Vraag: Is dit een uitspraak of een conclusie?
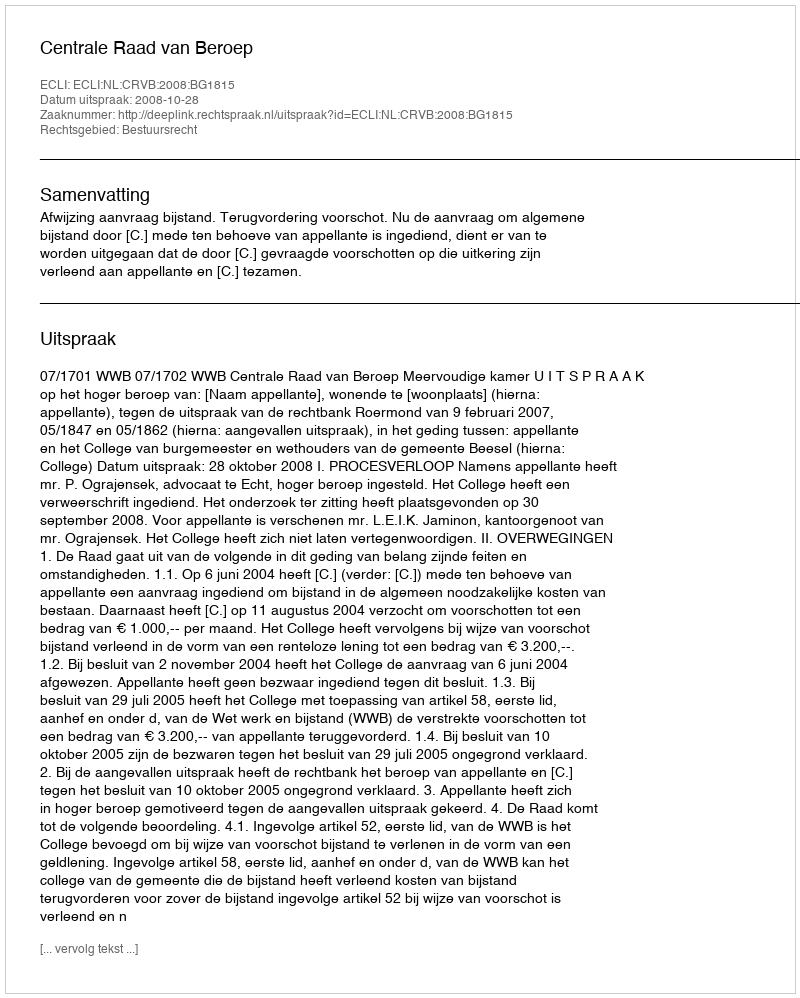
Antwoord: Uitspraak